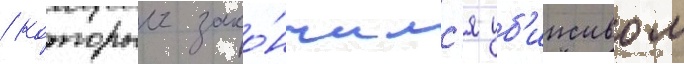
/ которыи зако́нчилс'я уб'ииством